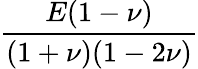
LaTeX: \frac{E(1-\nu)}{(1+\nu)(1-2\nu)}